Sexual cycle of Leucocytozoon canis in the tick - Number 28
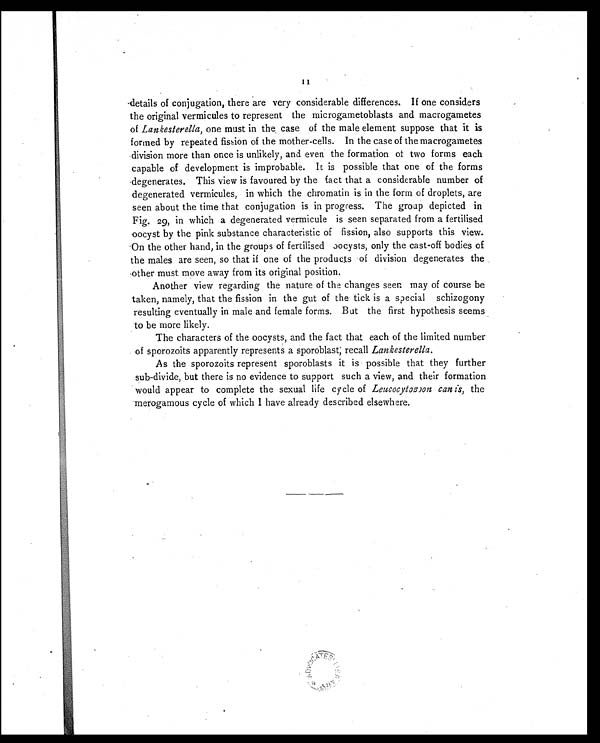
details of conjugation, there are very considerable differences. If one considers
the original vermicules to represent the microgametoblasts and macrogametes
of Lankesterella, one must in the case of the male element suppose that it is
formed by repeated fission of the mother-cells. In the case of the macrogametes
division more than once is unlikely, and even the formation of two forms each
capable of development is improbable. It is possible that one of the forms
-degenerates. This view is favoured by the fact that a considerable number of
degenerated vermicules, in which the chromatin is in the form of droplets, are
seen about the time that conjugation is in progress. The group depicted in
Fig. 29 , in which a degenerated vermicule is seen separated from a fertilised
oocyst by the pink substance characteristic of fission, also supports this view.
On the other hand, in the groups of fertilised oocysts, only the cast-off bodies of
the males are seen, so that if one of the products of division degenerates the
other must move away from its original position.
Another view regarding the nature of the changes seen may of course be
taken, namely, that the fission in the gut of the tick is a special schizogony
resulting eventually in male and female forms. But the first hypothesis seems
to be more likely.
The characters of the oocysts, and the fact that each of the limited number
of sporozoits apparently represents a sporoblast; recall Lankesterella.
As the sporozoits represent sporoblasts it is possible that they further
sub-divide, but there is no evidence to support such a view, and their formation
would appear to complete the sexual life cycle of Leucocytozoon can is, the
merogamous cycle of which I have already described elsewhere.